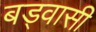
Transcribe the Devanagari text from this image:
बड्वासी